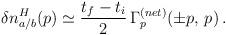
LaTeX: \begin{align*}\delta n_{a / b}^H (p) \simeq \frac{t_f - t_i}{2} \, \Gamma_p^{(net)} (\pm p, \, p) \, . \end{align*}